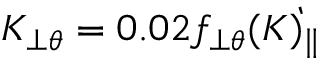
K _ { \perp \theta } = 0 . 0 2 f _ { \perp \theta } \grave { ( K ) _ { \parallel } }